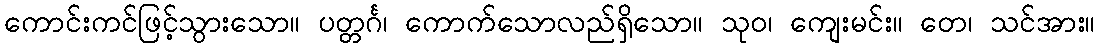
ကောင်းကင်ဖြင့်သွားသော။ ပတ္တင်္ဂ၊ ကောက်သောလည်ရှိသော။ သုဝ၊ ကျေးမင်း။ တေ၊ သင်အား။